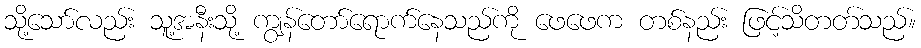
သို့သော်လည်း သူ့အနီးသို့ ကျွန်တော်ရောက်နေသည်ကို ဖေဖေက တစ်နည်း ဖြင့်သိတတ်သည်။